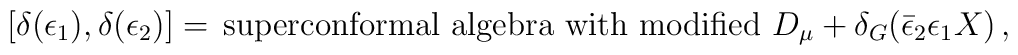
\left[ \delta (\epsilon _1),\delta (\epsilon _2)\right] =\,\mbox{superconformal  algebra with modified }D_\mu+\delta _G(\bar \epsilon _2\epsilon _1 X)\,,